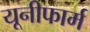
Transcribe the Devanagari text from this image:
यूनीफार्म